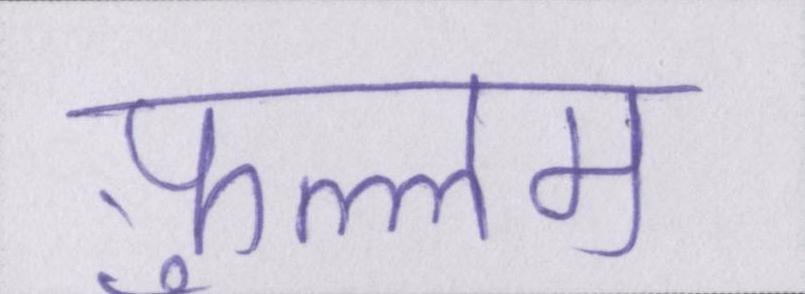
फ़ुल्लम